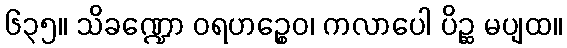
၆၃၅။ သိခဏ္ဍော ဝရဟဉ္စေဝ၊ ကလာပေါ ပိဉ္ဆ မပျထ။